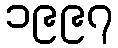
၁၉၉၇